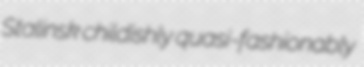
Stalinsk childishly quasi-fashionably